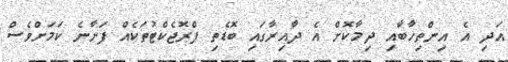
އަދި އެ އިންތިހާބާއި ދިމާކޮށް އެ ދާއިރާގައި ބޮޑެތި ޕްރޮޖެކްޓުތަކެއް ފަށާނެ ކަމަށްވެސް